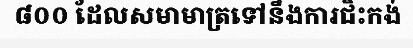
៨០០ ដែលសមាមាត្រទៅនឹងការជិះកង់